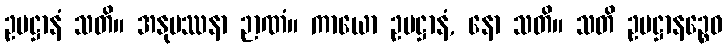
ဥပဋ္ဌာနံ သတိ။ အနုပဿနာ ဉာဏံ။ ကာယော ဥပဋ္ဌာနံ, နော သတိ။ သတိ ဥပဋ္ဌာနဉ္စေဝ